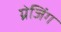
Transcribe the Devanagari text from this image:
ग्रेजिंग